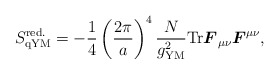
\begin{align*}S_{\mathrm{qYM}}^{\mathrm{red.}}=-{1\over 4}\left( {2\pi\over a}\right)^4{N\over g^2_{\mathrm{YM}}} \mathrm{Tr}{\mbox{\boldmath{$F$}}}_{\mu\nu}{\mbox{\boldmath{$F$}}}^{\mu\nu},\end{align*}